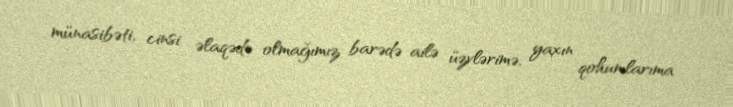
münasibəti, cinsi əlaqədə olmağımız barədə ailə üzvlərimə, yaxın qohumlarıma